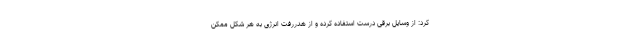
کرد: از وسایل برقی درست استفاده کرده و از هدررفت انرژی به هر شکل ممکن